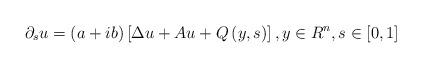
LaTeX: \begin{align*}\partial _{s}u=\left( a+ib\right) \left[ \Delta u+Au+Q\left( y,s\right) \right] ,y\in R^{n},s\in \left[ 0,1\right] \end{align*}